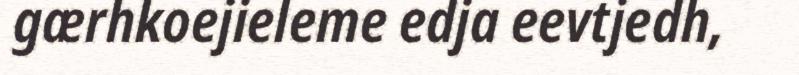
gærhkoejieleme edja eevtjedh,